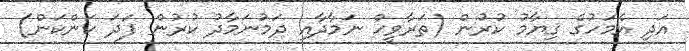
އަދި އެމަހުގެ ޤިޔާމު ކުރުން (ތަރާވީޙް ނަމާދާއި ދަމުނަމާދު ކުރުން ފަދަ ކަންކަން)